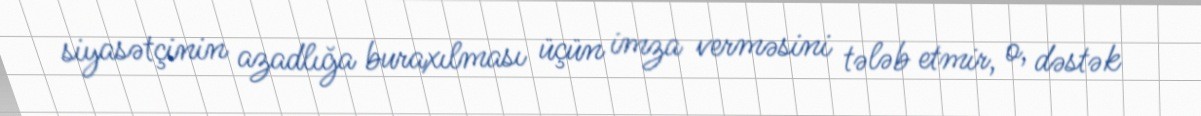
siyasətçinin azadlığa buraxılması üçün imza verməsini tələb etmir, o, dəstək